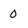
Character: 0